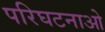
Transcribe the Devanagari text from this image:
परिघटनाओ